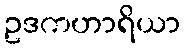
ဥဒကဟာရိယာ